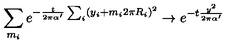
\sum _ { m _ { i } } e ^ { - { \frac { t } { 2 \pi \alpha ^ { \prime } } } \sum _ { i } ( y _ { i } + m _ { i } 2 \pi R _ { i } ) ^ { 2 } } \rightarrow e ^ { - t { \frac { y ^ { 2 } } { 2 \pi \alpha ^ { \prime } } } }